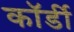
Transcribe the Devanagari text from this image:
कॉर्डी